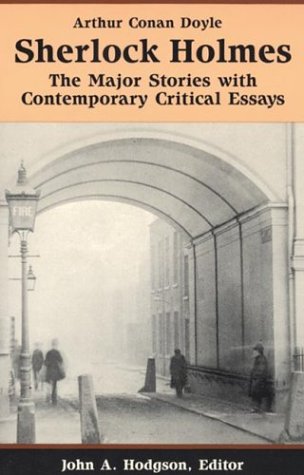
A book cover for Sherlock Holmes: The Major Stories with Contemporary Critical Essays (Bedford Series in History & Culture); Arthur Conan Doyle; Mystery, Thriller & Suspense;